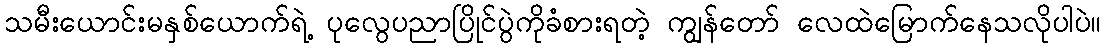
သမီးယောင်းမနှစ်ယောက်ရဲ့ ပုလွေပညာပြိုင်ပွဲကိုခံစားရတဲ့ ကျွန်တော် လေထဲမြောက်နေသလိုပါပဲ။